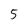
Character: 5